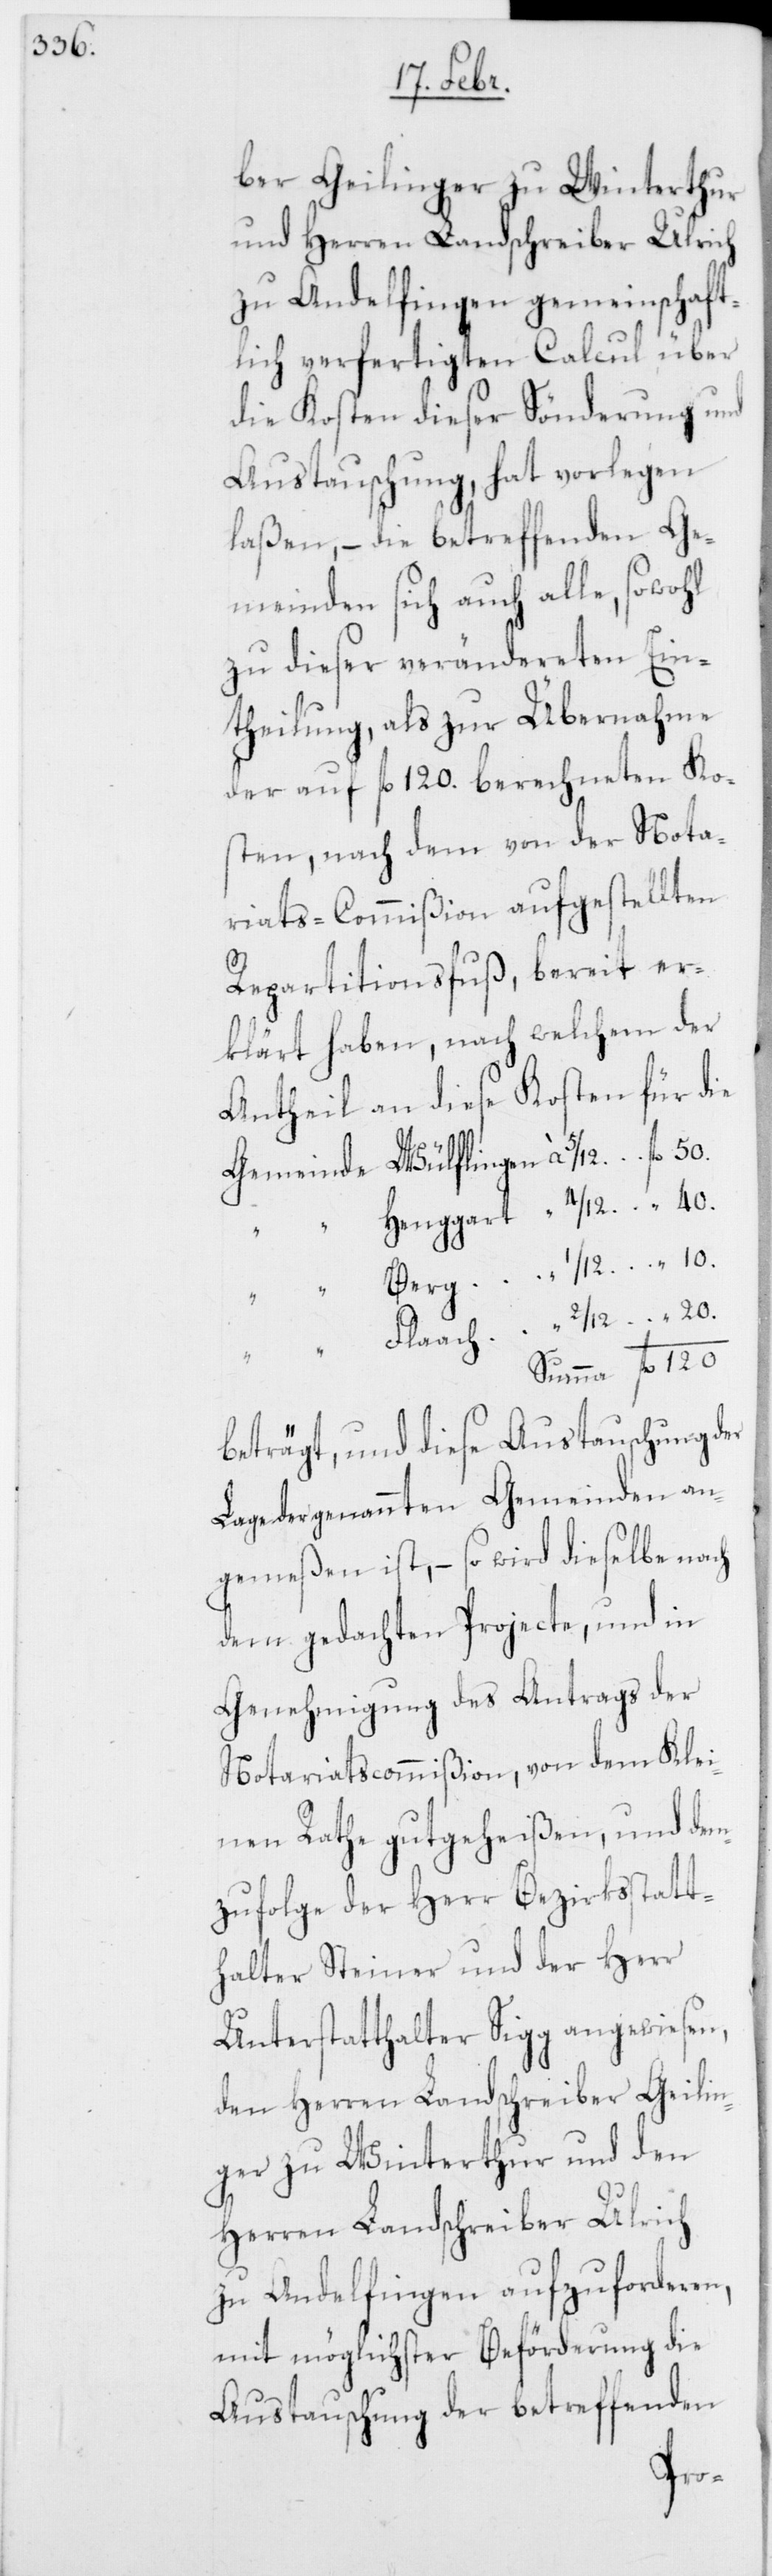
ber Geilinger zu Winterthur
und Herren Landschreiber Ulrich
zu Andelfingen gemeinschaft¬
lich verfertigten Calcul über
die Kosten dieser Sönderung und
Austauschung, hat vorlegen
laßen, – die betreffenden Ge¬
meinden sich auch alle, sowohl
zu dieser verändereten Ein¬
theilung, als zur Übernahme
der auf fl. 120. berechneten Ko¬
sten, nach dem von der Nota¬
riats-Commißion aufgestellten
Repartitionsfuß, bereit er¬
klärt haben, nach welchem der
Antheil an diese Kosten für die
40.
beträgt, und diese Austauschung der
Lage der genannten Gemeinden an¬
gemeßen ist, – so wird dieselbe nach
dem gedachten Projecte, und in
Genehmigung des Antrags der
Notariatscommißion, von dem Klei¬
nen Rathe gutgeheißen, und dem¬
zufolge der Herr Bezirksstatt¬
halter Steiner und der Herr
Unterstatthalter Sigg angewiesen,
den Herren Landschreiber Geilin¬
ger zu Winterthur und den
Herren Landschreiber Ulrich
zu Andelfingen aufzuforderen,
mit möglichster Beförderung die
Austauschung der betreffenden